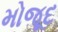
મોજૂદ